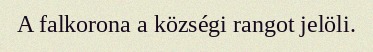
A falkorona a községi rangot jelöli.